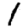
Digit: 1